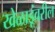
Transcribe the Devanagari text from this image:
खेळाडूंवरील